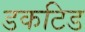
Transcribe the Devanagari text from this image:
डकटिड